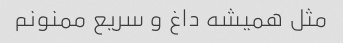
مثل همیشه داغ و سریع ممنونم